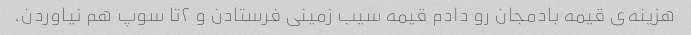
هزینه‌ی قیمه بادمجان رو دادم قیمه سیب زمینی فرستادن و ۲تا سوپ هم نیاوردن.